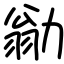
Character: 勜